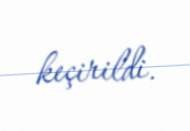
keçirildi.